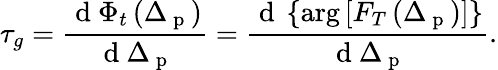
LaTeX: \tau_{g}=\frac{\mathrm{~d~}\Phi_{t}\left(\Delta_{\mathrm{~p~}}\right)}{\mathrm{~d~}\Delta_{\mathrm{~p~}}}=\frac{\mathrm{~d~}\left\{ \arg\left[F_{T}\left(\Delta_{\mathrm{~p~}}\right)\right]\right\} }{\mathrm{~d~}\Delta_{\mathrm{~p~}}}.